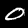
Digit: 0